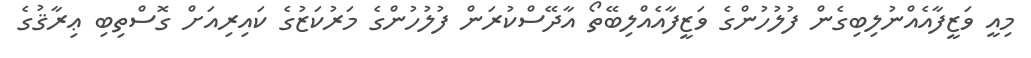
މިއީ ވަޒީފާއެއްނުލިބިގެން ފުލުހުންގެ ވަޒީފާއެއްލިބޭތޯ އާދޭސްކުރަން ފުލުހުންގެ މަރުކަޒުގެ ކައިރިއަށް ގޮސްތިބި ޢިރާޤުގެ